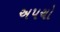
અપચો